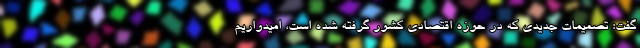
گفت: تصمیمات جدیدی که در حوزه اقتصادی کشور گرفته شده است، امیدواریم